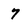
Character: 7